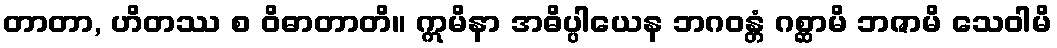
တာတာ, ဟိတဿ စ ဝိဓာတာတိ။ ဣမိနာ အဓိပ္ပါယေန ဘဂဝန္တံ ဂစ္ဆာမိ ဘဇာမိ သေဝါမိ